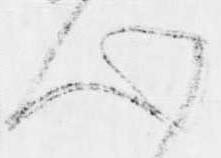
心